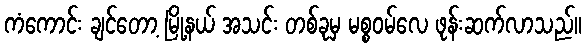
ကံကောင်း ချင်တော့ မြို့နယ် အသင်း တစ်ခုမှ မစ္စဝမ်လေ ဖုန်းဆက်လာသည်။